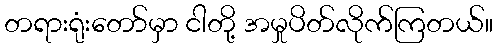
တရားရုံးတော်မှာ ငါတို့ အမှုပိတ်လိုက်ကြတယ်။